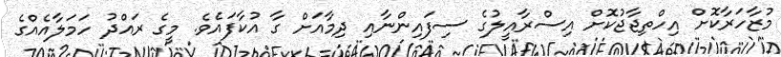
މުޒާހަރާކޮށް އިހްތިޖާޖުކޮށް އިސްރާއީލުގެ ސިފައިންނާއި ދިމާއަށް ގާ އުކާފައެވެ. މީގެ ރައްދު ހަމަލާއެއްގެ